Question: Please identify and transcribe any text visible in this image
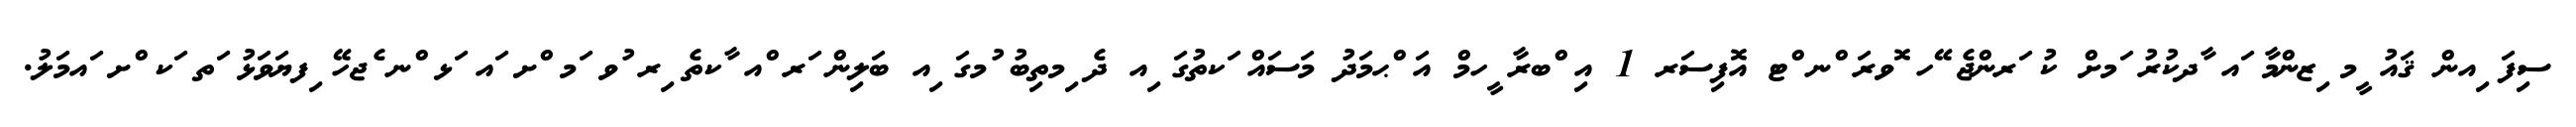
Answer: ސިފަ ިއން ޤައު ީމ ިޒންމާ ައ ާދކުރު ަމށް ކު ަރންޖެ ޭހ ޮވރަ ްނ ްޓ އޮފިސަރ 1 އި ްބރާ ީހމް އަ ްޙމަދު މަސައް ަކތުގަ ިއ ދެ ިމތިބު ުމގަ ިއ ބަލިން ަރ ްއ ާކތެ ިރ ުވ ަމ ްށ ައ ަޅ ްނ ެޖހޭ ިފޔަވަޅު ަތ ަކ ްށ ައމަލު.